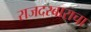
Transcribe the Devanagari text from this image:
राजदरबाराचा